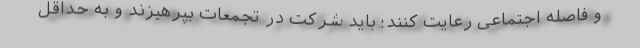
و فاصله اجتماعی رعایت کنند؛ باید شرکت در تجمعات بپرهیزند و به حداقل